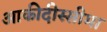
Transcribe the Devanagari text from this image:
आकीदीस्सीमा